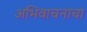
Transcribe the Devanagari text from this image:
अभिवाचनाचा